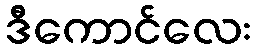
ဒီကောင်လေး